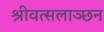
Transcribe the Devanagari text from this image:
श्रीवत्सलाञ्छन